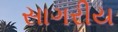
સાગરીય